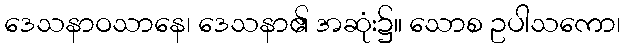
ဒေသနာဝသာနေ၊ ဒေသနာ၏ အဆုံး၌။ သောစ ဥပါသကော၊